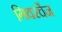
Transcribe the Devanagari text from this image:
गियरचेंज